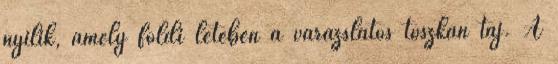
nyí­lik, amely földi létében a varázslatos toszkán táj. A